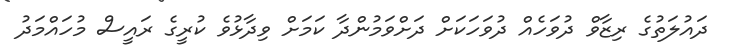
ދައުލަތުގެ ރިޒާވް ދުވަހެއް ދުވަހަކަށް ދަށްވަމުންދާ ކަމަށް ވިދާޅުވެ ކުރީގެ ރައީސް މުހައްމަދު